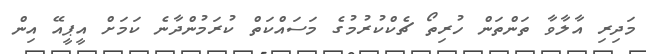
މަދިރި އާލާވާ ތަންތަން ހުރިތޯ ޗެކްކުރުމުގެ މަސައްކަތް ކުރަމުންދާނެ ކަމަށް އީޕީއޭ އިން